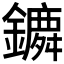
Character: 𨭤